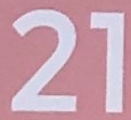
21